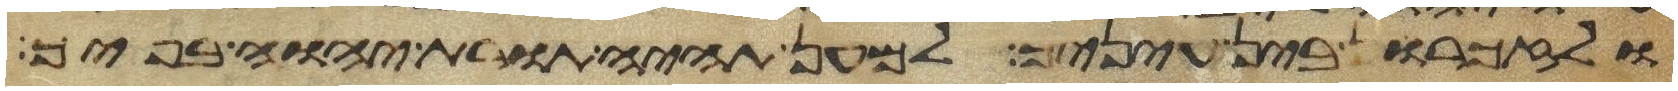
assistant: ולזכרון בין עיניך למען תהיה תורת יהוה בפיך